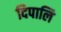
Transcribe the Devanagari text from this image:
दिपालि